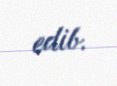
edib.